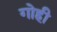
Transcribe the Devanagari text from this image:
गोही